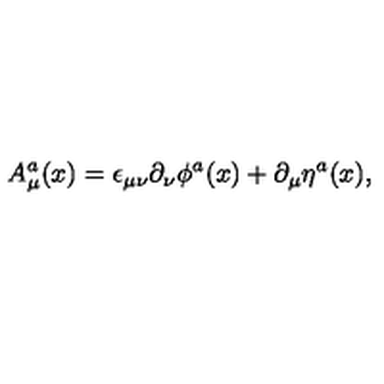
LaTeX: A _ { \mu } ^ { a } ( x ) = \epsilon _ { \mu \nu } \partial _ { \nu } \phi ^ { a } ( x ) + \partial _ { \mu } \eta ^ { a } ( x ) ,